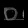
Digit: ၀